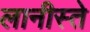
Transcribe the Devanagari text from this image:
लानीस्ते